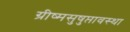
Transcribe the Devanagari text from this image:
ग्रीष्मसुषुप्तावस्था